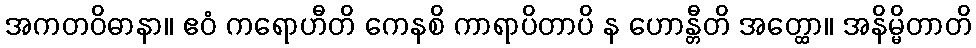
အကတဝိဓာနာ။ ဧဝံ ကရောဟီတိ ကေနစိ ကာရာပိတာပိ န ဟောန္တီတိ အတ္ထော။ အနိမ္မိတာတိ